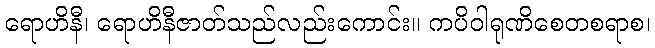
ရောဟိနီ၊ ရောဟိနီဇာတ်သည်လည်းကောင်း။ ကပိဝါရုဏိစေတစရာစ၊